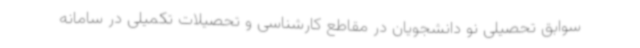
سوابق تحصیلی نو دانشجویان در مقاطع کارشناسی و تحصیلات تکمیلی در سامانه